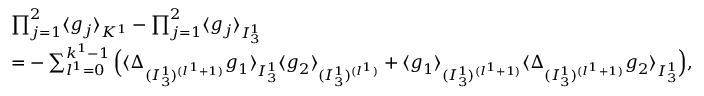
\begin{array} { r l } & { \prod _ { j = 1 } ^ { 2 } \langle g _ { j } \rangle _ { K ^ { 1 } } - \prod _ { j = 1 } ^ { 2 } \langle g _ { j } \rangle _ { I _ { 3 } ^ { 1 } } } \\ & { = - \sum _ { l ^ { 1 } = 0 } ^ { k ^ { 1 } - 1 } \Big ( \langle \Delta _ { ( I _ { 3 } ^ { 1 } ) ^ { ( l ^ { 1 } + 1 ) } } g _ { 1 } \rangle _ { I _ { 3 } ^ { 1 } } \langle g _ { 2 } \rangle _ { ( I _ { 3 } ^ { 1 } ) ^ { ( l ^ { 1 } ) } } + \langle g _ { 1 } \rangle _ { ( I _ { 3 } ^ { 1 } ) ^ { ( l ^ { 1 } + 1 ) } } \langle \Delta _ { ( I _ { 3 } ^ { 1 } ) ^ { ( l ^ { 1 } + 1 ) } } g _ { 2 } \rangle _ { I _ { 3 } ^ { 1 } } \Big ) , } \end{array}